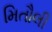
મિતૌલી